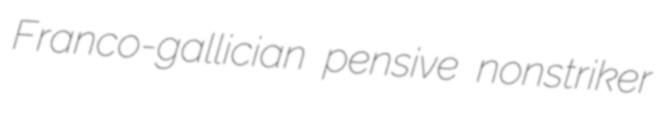
Franco-gallician pensive nonstriker